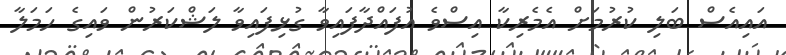
އައިއެސް ބަލި ކުުރުމަށް އެމެރިކާ އިސްވެ އުފައްދާފައިވާ ގުޅިފައިވާ ލަޝްކަރުން ވައިގެ ހަމަލާ